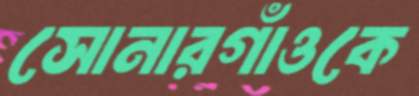
সোনারগাঁওকে